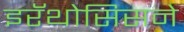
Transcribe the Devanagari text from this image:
इरॅथोसिसने